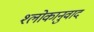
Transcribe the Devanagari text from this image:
श्‍लोकानुवाद